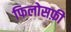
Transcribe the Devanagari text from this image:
फिलोसफ़ी